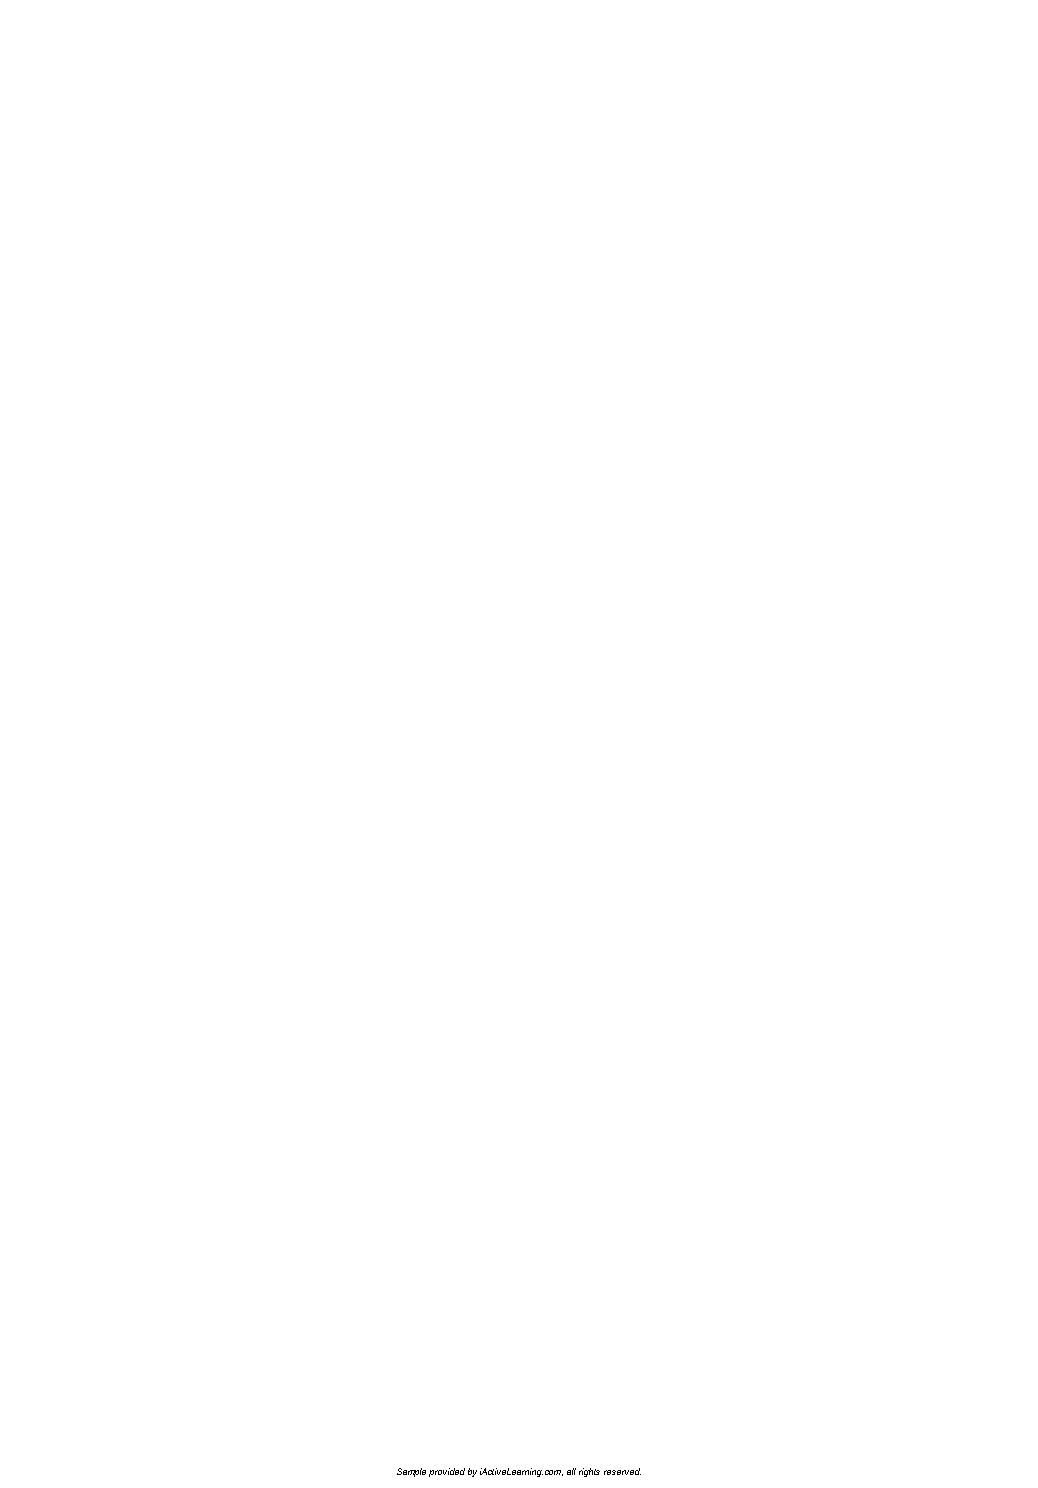
Sample provided by iActiveLearning.com, all rights reserved.
 LTL2_FINALpp.indd 14                                        11/4/09 3:21:07 PM